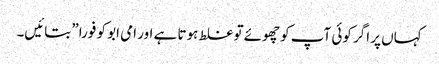
کہاں‌ پر اگر کوئی آپ کو چھوئے تو غلط ہوتا ہے اور امی ابو کو فورا” بتائیں۔